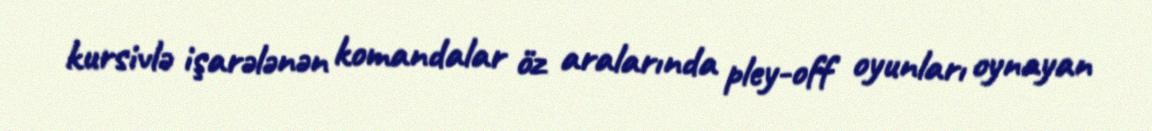
kursivlə işarələnən komandalar öz aralarında pley-off oyunları oynayan